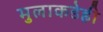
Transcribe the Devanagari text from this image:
मुलाकडेही